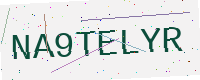
Text: NA9TELYR